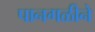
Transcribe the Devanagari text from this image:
पानगळीने